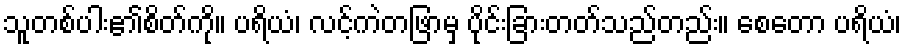
သူတစ်ပါး၏စိတ်ကို။ ပရိယံ၊ လင့်ကဲတဖြာမှ ပိုင်းခြားတတ်သည်တည်း။ စေတော ပရိယံ၊